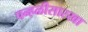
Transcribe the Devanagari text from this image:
पन्हळीसारखा